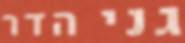
גני הדר